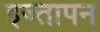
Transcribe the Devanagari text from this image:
इज्तापन